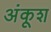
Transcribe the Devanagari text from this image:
अंकूश